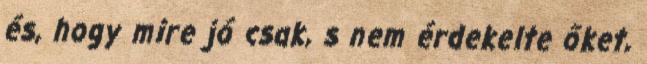
és, hogy mire jó csak, s nem érdekelte őket,